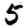
Digit: 5